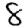
Digit: 8